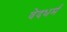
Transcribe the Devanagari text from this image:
वेदधर्म